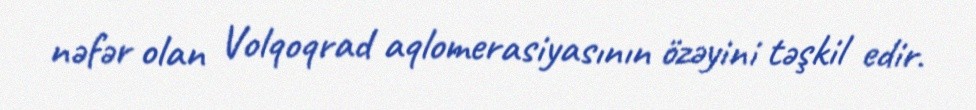
nəfər olan Volqoqrad aqlomerasiyasının özəyini təşkil edir.